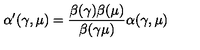
\alpha ^ { \prime } ( \gamma , \mu ) = { \frac { \beta ( \gamma ) \beta ( \mu ) } { \beta ( \gamma \mu ) } } \alpha ( \gamma , \mu )